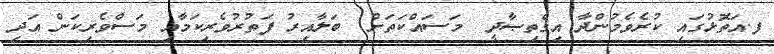
ފ.އަތޮޅުގައި ކުރެވެމުންދާ އިޤްތިޞާދީ  މަސައްކަތަށް  ބަލާއިރު ފަތުރުވެރިކަމާއި މަސްވެރިކަން އަދި